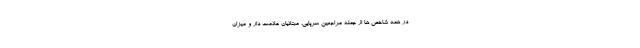
در همه شاخص ها از جمله مراجعین سرپایی، مبتلایان علامت دار و میزان